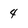
Character: 4